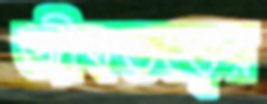
জীবতত্ত্বের